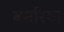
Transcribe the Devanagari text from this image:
बनरिया